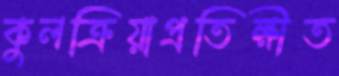
কুলক্রিয়াপ্রতিক্ষীত